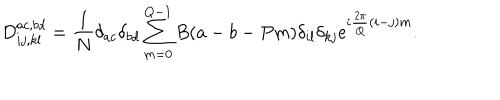
LaTeX: D _ { i j , k l } ^ { a c , b d } = { \frac { 1 } { N } } \delta _ { a c } \delta _ { b d } \sum _ { m = 0 } ^ { Q - 1 } B ( a - b - P m ) \delta _ { i l } \delta _ { k j } \mathrm { e } ^ { i { \frac { 2 \pi } { Q } } ( i - j ) m } .